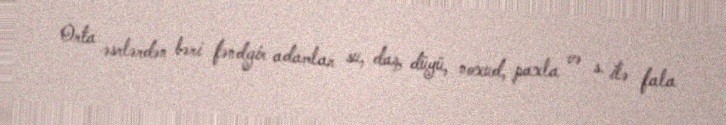
Orta əsrlərdən bəri fəndgir adamlar su, daş, düyü, noxud, paxla və s. ilə fala